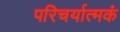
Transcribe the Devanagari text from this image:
परिचर्यात्मकं